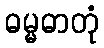
ဓမ္မဓာတုံ